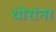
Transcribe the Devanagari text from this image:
थोरांना